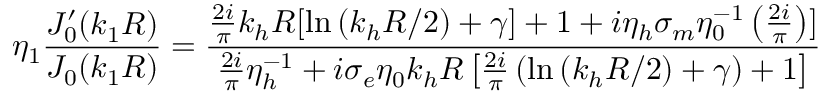
\eta _ { 1 } \frac { J _ { 0 } ^ { \prime } ( k _ { 1 } R ) } { J _ { 0 } ( k _ { 1 } R ) } = \frac { \frac { 2 i } { \pi } k _ { h } R [ \ln { ( k _ { h } R / 2 ) + \gamma ] + 1 + i \eta _ { h } \sigma _ { m } \eta _ { 0 } ^ { - 1 } \left( \frac { 2 i } { \pi } \right) } ] } { \frac { 2 i } { \pi } \eta _ { h } ^ { - 1 } + i \sigma _ { e } \eta _ { 0 } k _ { h } R \left[ \frac { 2 i } { \pi } \left( \ln { ( k _ { h } R / 2 ) + \gamma } \right) + 1 \right] }